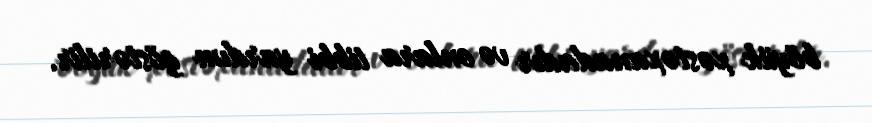
böyük xəstəxanadadır və onlara tibbi yardım göstərilir.